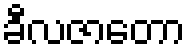
ခီလဇာတော